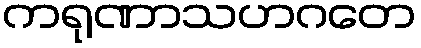
ကရုဏာသဟဂတေ